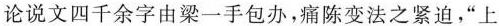
论说文四千余字由梁一手包办，痛陈变法之紧迫，”上